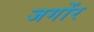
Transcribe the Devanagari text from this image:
जगोंर